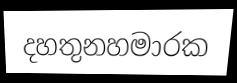
දහතුනහමාරක